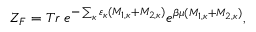
{ \cal Z } _ { F } = T r \; e ^ { - \sum _ { \kappa } \varepsilon _ { \kappa } ( { \cal M } _ { 1 , \kappa } + { \cal M } _ { 2 , \kappa } ) } e ^ { \beta \mu ( M _ { 1 , \kappa } + M _ { 2 , \kappa } ) } ,